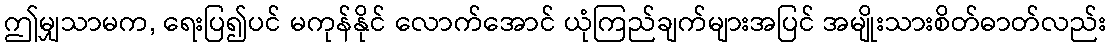
ဤမျှသာမက, ရေးပြ၍ပင် မကုန်နိုင် လောက်အောင် ယုံကြည်ချက်များအပြင် အမျိုးသားစိတ်ဓာတ်လည်း